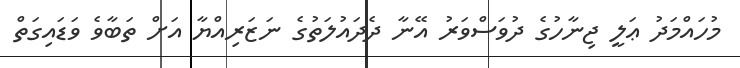
މުހައްމަދު ޢަލީ ޖިނާހުގެ ދުވަސްވަރު އޭނާ ދެދައުލަތުގެ ނަޒަރިއްޔާ އަށް ތަބާވެ ވަޑައިގަތް